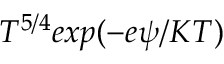
T ^ { 5 / 4 } e x p { ( - e \psi / K T ) }